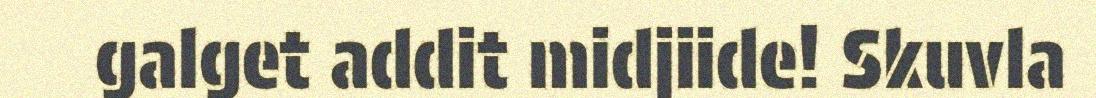
galget addit midjiide! Skuvla